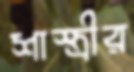
শাস্ত্রীর